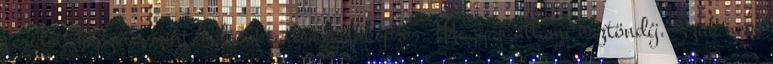
terület képzési szint Felsőoktatási szakképzés. Magyar állami ösztöndíj. Szak neve